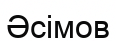
Әсімов